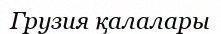
Грузия қалалары